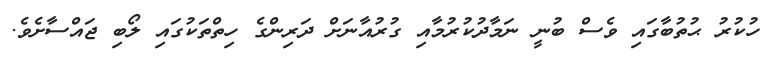
ހުކުރު ޙުތުބާގައި ވެސް ބުނީ ނަމާދުކުރުމާއި ގުރުއާނަށް ދަރިންގެ ހިތްތަކުގައި ލޯބި ޖައްސާށެވެ.